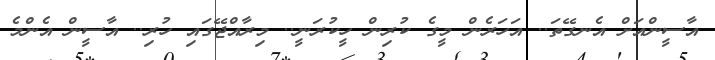
އާސީންއަށް އެނގޭތަ.. އަހަރެން މީގެ ކުރިން ހީކުރަނީ.. މިރާއްޖޭގައި ހުރި.. އާސީން އެންމެ